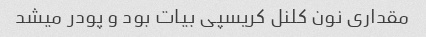
مقداری نون کلنل کریسپی بیات بود و پودر میشد